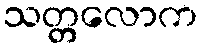
သတ္တလောက